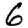
Digit: 6